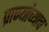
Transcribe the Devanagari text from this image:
प्राण्यांच्याच